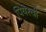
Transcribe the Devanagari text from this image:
पियेरची